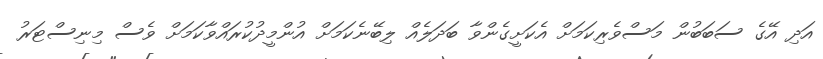
އަދި އޭގެ ސަބަބުން މަސްވެރިކަމަށް އެކަށީގެންވާ ބަދަލެއް ލިބޭނެކަމަށް އުންމީދުކުރައްވާކަމަށް ވެސް މިނިސްޓަރު